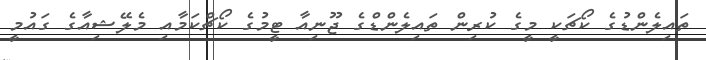
ތައިލެންޑުގެ ކޯޗަކީ މީގެ ކުރިން ތައިލެންޑްގެ ޖޫނިއާ ޓީމުގެ ކޯޗްކަމާއި މެލޭޝިއާގެ ގައުމީ